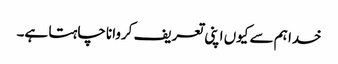
خدا ہم سے کیوں اپنی تعریف کروانا چاہتا ہے۔